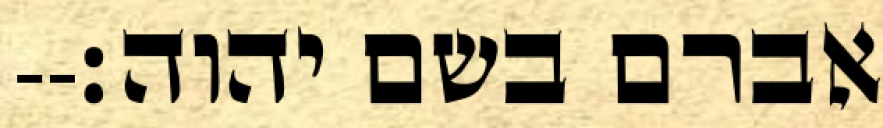
אברם בשם יהוה׃--